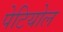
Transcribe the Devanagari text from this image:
पेटियोल